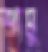
শামু